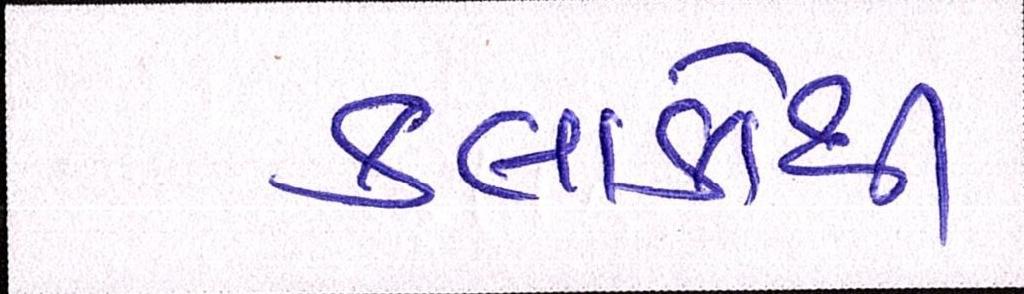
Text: કલાકોથી